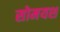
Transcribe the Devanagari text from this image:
सोमयश